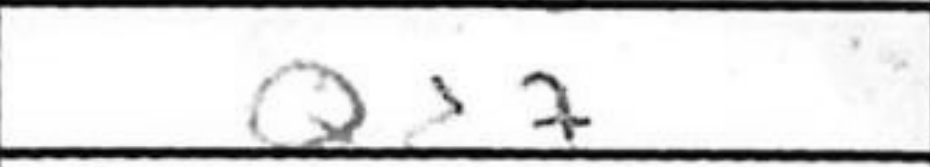
Transcription: Qd7